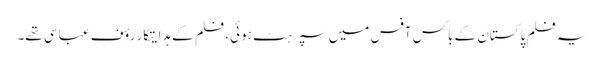
یہ فلم پاکستان کے باکس آفس میں سپر ہٹ ہوئی، فلم کے ہدایتکار رؤف عباسی تھے۔